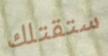
ستقتلك